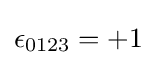
\epsilon _{0123}=+1